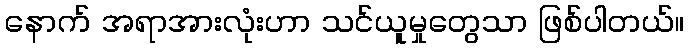
နောက် အရာအားလုံးဟာ သင်ယူမှုတွေသာ ဖြစ်ပါတယ်။